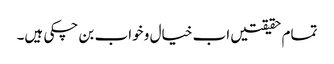
تمام حقیقتیں اب خیال و خواب بن چکی ہیں۔